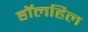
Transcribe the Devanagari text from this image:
हॉलहिल